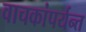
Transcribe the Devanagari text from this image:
वाचकांपर्यन्त